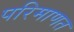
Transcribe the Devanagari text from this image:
परिमाणत